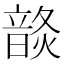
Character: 𩐬